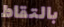
بالتقاط